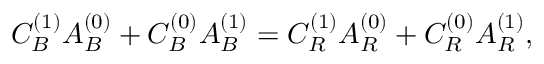
C _ { B } ^ { ( 1 ) } A _ { B } ^ { ( 0 ) } + C _ { B } ^ { ( 0 ) } A _ { B } ^ { ( 1 ) } = C _ { R } ^ { ( 1 ) } A _ { R } ^ { ( 0 ) } + C _ { R } ^ { ( 0 ) } A _ { R } ^ { ( 1 ) } ,